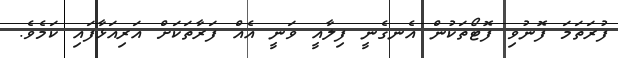
ފުރަތަމަ ފޮނުވި ފޮޓޯތަކުން އެނގެނީ ފިލާއީ ވަނީ އެއް ފަރާތަކަށް އަރިއަޅާފައި ކަމެވެ.